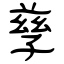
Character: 孳